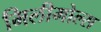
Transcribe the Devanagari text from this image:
मिलीमोल्स